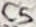
Text: C5